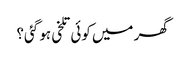
گھر میں کوئی تلخی ہو گئی؟